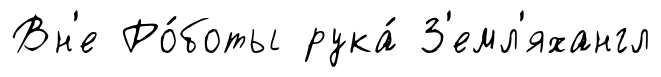
Вн'е Ро́боты рука́ З'емл'яхангл